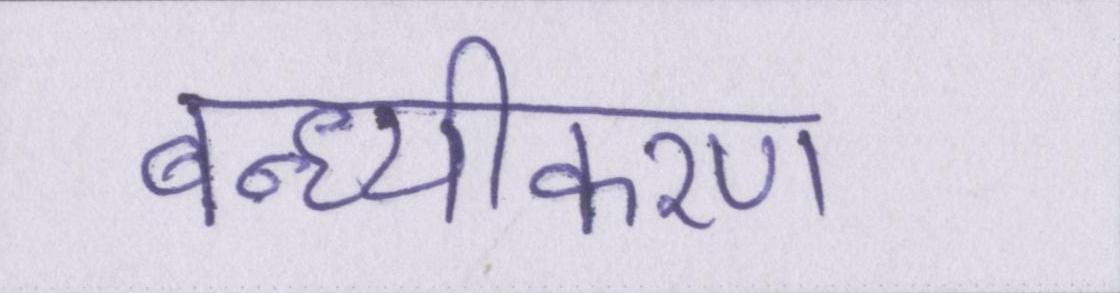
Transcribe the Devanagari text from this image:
बन्ध्यीकरण